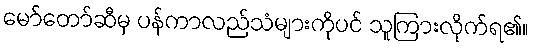
မော်တော်ဆီမှ ပန်ကာလည်သံများကိုပင် သူကြားလိုက်ရ၏။